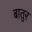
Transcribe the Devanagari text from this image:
बातुर